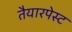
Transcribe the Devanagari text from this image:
तैयारपेस्ट